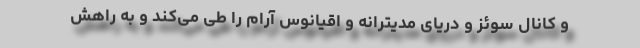
و کانال سوئز و دریای مدیترانه و اقیانوس آرام را طی می‌کند و به راهش